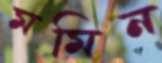
মমিন